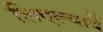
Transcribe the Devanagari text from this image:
लिएल्वार्दे